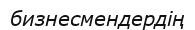
бизнесмендердің